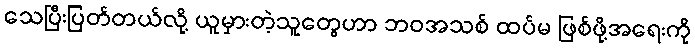
သေပြီးပြတ်တယ်လို့ ယူမှားတဲ့သူတွေဟာ ဘဝအသစ် ထပ်မ ဖြစ်ဖို့အရေးကို